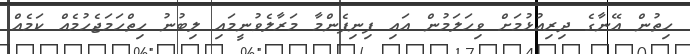
ހިތުން އޭނާގެ ދިރިއުޅުމަށް ވިހަލަމުން އައި ފިނިފެންމާ މަރާލެވުނީމައި ލިބުނު ހިތްހަމަޖެހުމެއް ކަމެއް